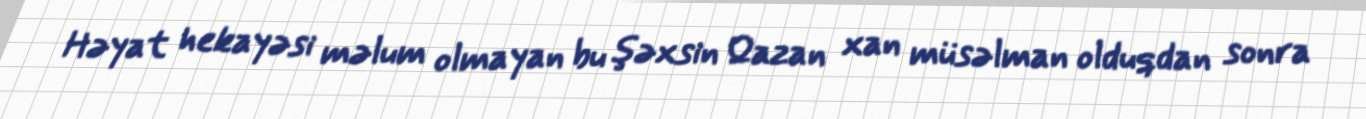
Həyat hekayəsi məlum olmayan bu şəxsin Qazan xan müsəlman olduqdan sonra